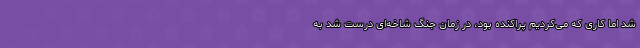
شد اما کاری که می‌کردیم پراکنده بود، در زمان جنگ شاخه‌ای درست شد به